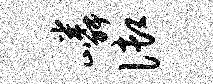
嶙御